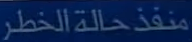
منفذ حالة الخطر